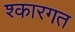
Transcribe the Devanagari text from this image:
श्कारगत